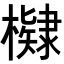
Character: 𭬠